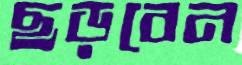
ছড়বেন